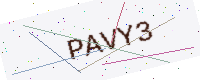
Text: PAVY3